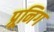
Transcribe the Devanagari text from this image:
प्रूनिग